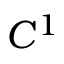
C ^ { 1 }